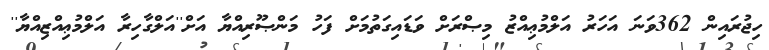
ހިޖުރައިން 362ވަނަ އަހަރު އަލްމުޢިއްޒު މިޞްރަށް ވަޑައިގަތުމަށް ފަހު މަންޞޫރިއްޔާ އަށް''އަލްގާހިރާ އަލްމުޢިއްޒިއްޔާ''